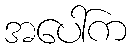
အပေါ်က